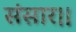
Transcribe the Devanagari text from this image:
संसार।।